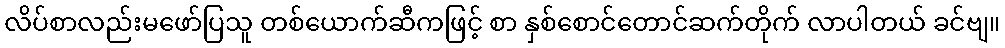
လိပ်စာလည်းမဖော်ပြသူ တစ်ယောက်ဆီကဖြင့် စာ နှစ်စောင်တောင်ဆက်တိုက် လာပါတယ် ခင်ဗျ။